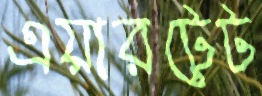
এয়ারটেট